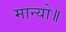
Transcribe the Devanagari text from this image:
मान्यो॥